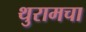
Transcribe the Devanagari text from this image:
थुरामचा